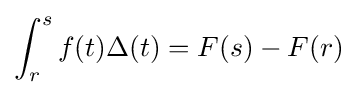
\int _{r}^{s}f(t)\Delta (t)=F(s)-F(r)